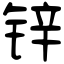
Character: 锌